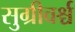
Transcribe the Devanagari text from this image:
सुग्रीवर्श्च